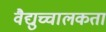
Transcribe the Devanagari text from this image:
वैद्युच्चालकता